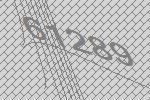
61289